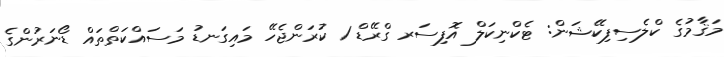
މަޤާމުގެ ކްލެސިފިކޭޝަން: ޓެކްނިކަލް އޮފިސަރ ގްރޭޑް 1 ކުރަންޖެހޭ މައިގަނޑު މަސައްކަތްތައް ޑޯނަރުންގެ